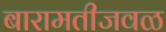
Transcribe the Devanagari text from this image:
बारामतीजवळ